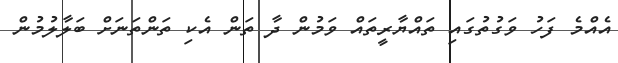
އެއްމެ ފަހު ވަގުތުގައި ތައްޔާރީތައް ވަމުން ދާ ތަން އެކި ތަންތަނަށް ބަލާލުމުން